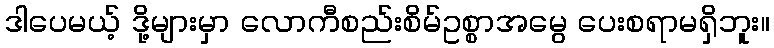
ဒါပေမယ့် ဒို့များမှာ လောကီစည်းစိမ်ဥစ္စာအမွေ ပေးစရာမရှိဘူး။